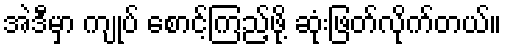
အဲဒီမှာ ကျုပ် စောင့်ကြည့်ဖို့ ဆုံးဖြတ်လိုက်တယ်။